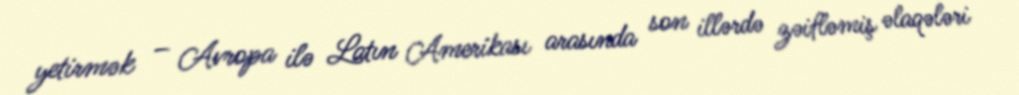
yetirmək – Avropa ilə Latın Amerikası arasında son illərdə zəifləmiş əlaqələri